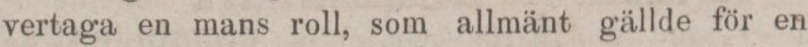
vertaga en mans roll, som allmänt gällde för en